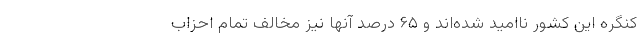
کنگره این کشور ناامید شده‌اند و ۶۵ درصد آنها نیز مخالف تمام احزاب